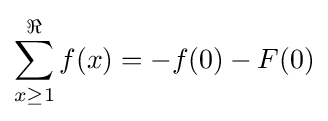
\sum _{x\geq 1}^{\Re }f(x)=-f(0)-F(0)